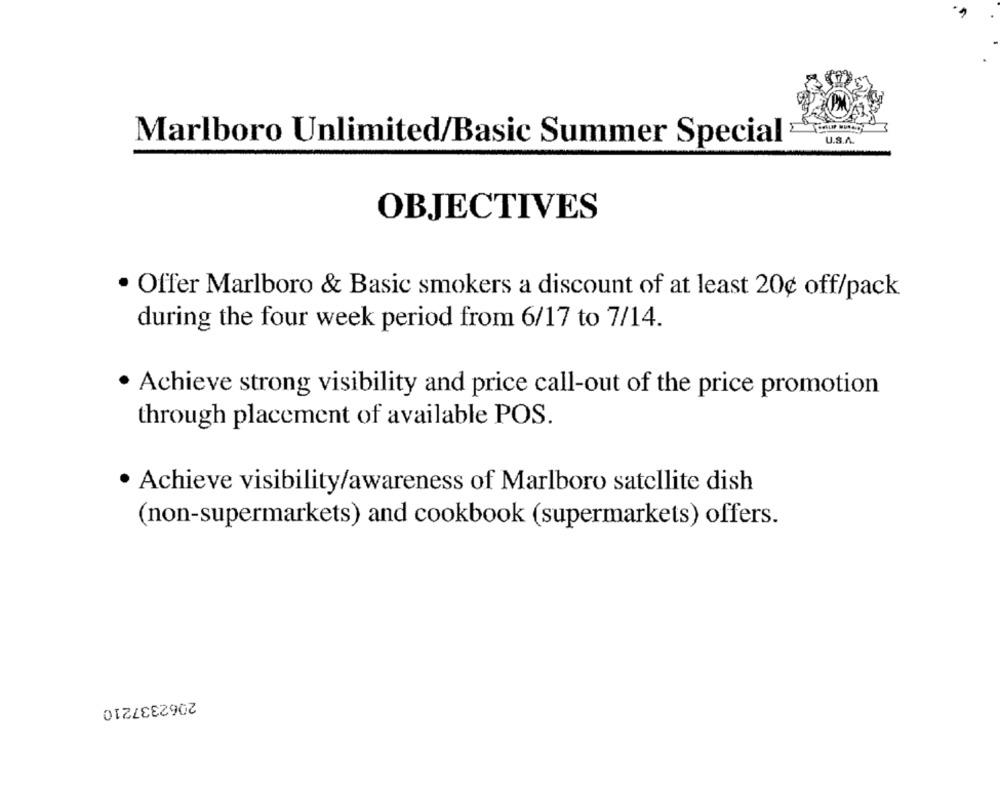
U.S.A.
Marlboro Unlimited/Basic Summer Special
OBJECTIVES
· Offer Marlboro & Basic smokers a discount of at least 20¢ off/pack
during the four week period from 6/17 to 7/14.
. Achieve strong visibility and price call-out of the price promotion
through placement of available POS.
· Achieve visibility/awareness of Marlboro satellite dish
(non-supermarkets) and cookbook (supermarkets) offers.
2062337210